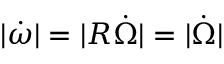
| \dot { \boldsymbol { \omega } } | = | R \dot { \boldsymbol { \Omega } } | = | \dot { \boldsymbol { \Omega } } |